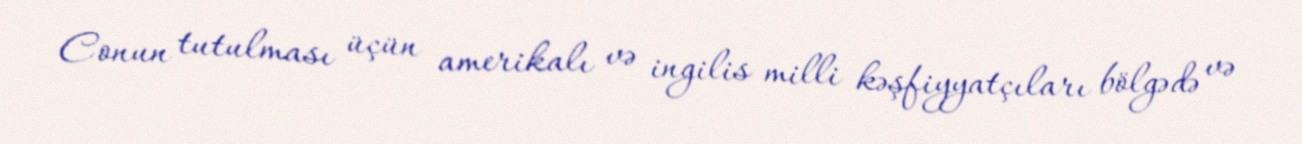
Conun tutulması üçün amerikalı və ingilis milli kəşfiyyatçıları bölgədə və